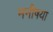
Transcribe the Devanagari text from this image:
मनीषया